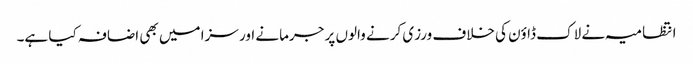
انتظامیہ نے لاک ڈاؤن کی خلاف ورزی کرنے والوں پر جرمانے اور سزا میں بھی اضافہ کیا ہے۔